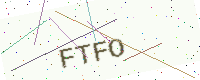
Text: FTFO